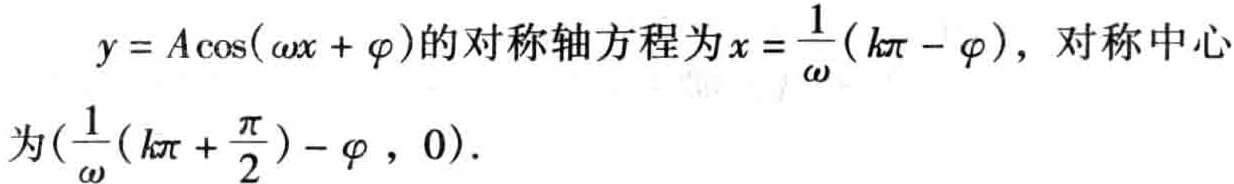
\(y = A\cos(\omega x+\varphi)\)的对称轴方程为\(x = \frac{1}{\omega}(k\pi - \varphi)\)，对称中心为\((\frac{1}{\omega}(k\pi+\frac{\pi}{2}) - \varphi,0)\)。